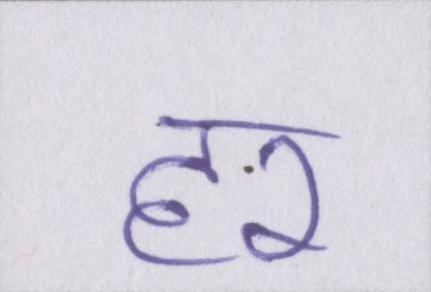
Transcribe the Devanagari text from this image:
हर